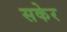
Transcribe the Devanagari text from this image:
सकेर